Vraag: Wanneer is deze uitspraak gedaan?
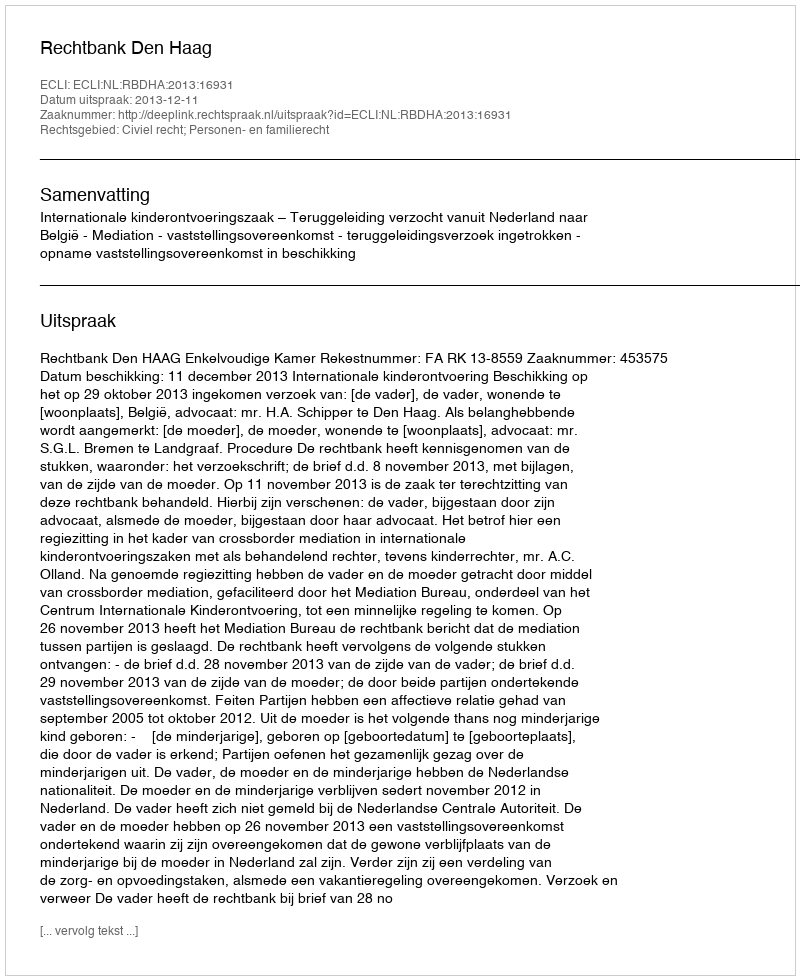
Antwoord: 2013-12-11